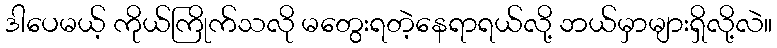
ဒါပေမယ့် ကိုယ်ကြိုက်သလို မတွေးရတဲ့နေရာရယ်လို့ ဘယ်မှာများရှိလို့လဲ။